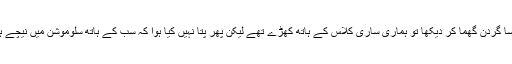
تھوڑا سا گردن گھما کر دیکھا تو ہماری ساری کلاس کے ہاتھ کھڑے تھے لیکن پھر پتا نہیں کیا ہوا کہ سب کے ہاتھ سلوموشن میں نیچے ہوگئے۔